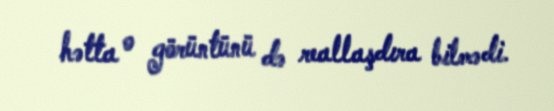
hətta o görüntünü də reallaşdıra bilmədi.